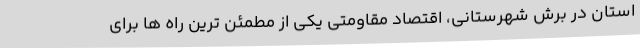
استان در برش شهرستانی، اقتصاد مقاومتی یکی از مطمئن ترین راه ها برای